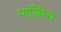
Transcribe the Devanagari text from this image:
मार्जिन्स